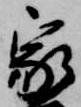
家